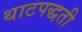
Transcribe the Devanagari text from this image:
थाटपद्धती